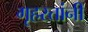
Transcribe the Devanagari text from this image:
गृहस्तांनी